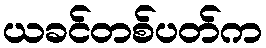
ယခင်တစ်ပတ်က